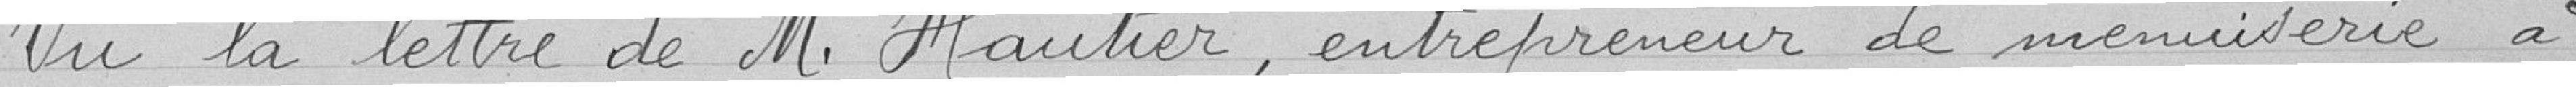
Vu la lettre de M. Hautier , entrepreneur de menuiserie à